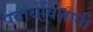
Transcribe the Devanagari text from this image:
पदार्थविज्ञानी